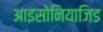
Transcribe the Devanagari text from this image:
आइसोनियाजिड